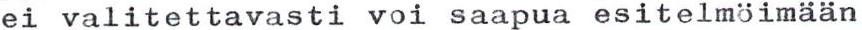
ei valitettavasti voi saapua esitelmöimään